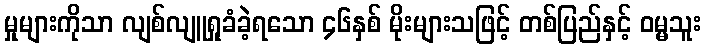
မှုများကိုသာ လျစ်လျူရှုခံခဲ့ရသော ၄၆နှစ် မိုးများသဖြင့် တစ်ပြည်နှင့် ဝမ္မသူး